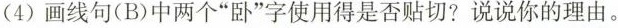
(4)画线句(B)中两个”卧”字使用得是否贴切?说说你的理由。